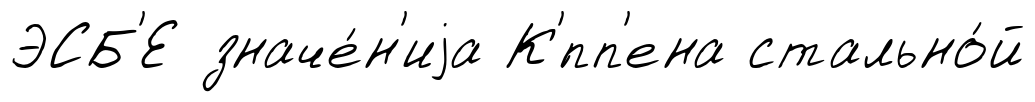
ЭСБ'Е значе́н'иjа К'́пп'ена стально́й